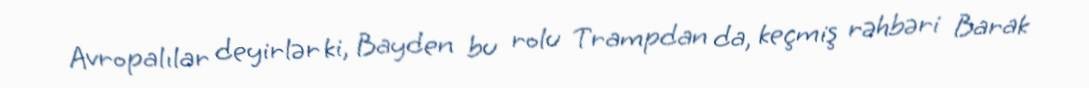
Avropalılar deyirlər ki, Bayden bu rolu Trampdan da, keçmiş rəhbəri Barak